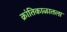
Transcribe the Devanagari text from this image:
क्रांतिकाळातला